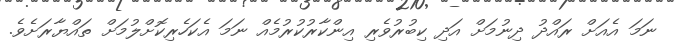
ނަމަ އެއަށް ރައްދު ދިނުމަށް އަދި ކިބުރުވެރި އިންކާރުކުރުމެއް ނަމަ އެކަހެރިކޮށްލުމަށް ތައްޔާރަށެވެ.